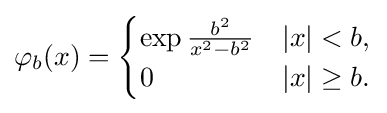
\varphi _{b}(x)={\begin{cases}\exp {\frac {b^{2}}{x^{2}-b^{2}}}&|x|<b,\\0&|x|\geq b.\end{cases}}